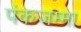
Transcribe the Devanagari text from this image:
पंकजम्मा